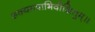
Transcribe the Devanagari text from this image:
शक्यमत्राभिवीक्षितुम्॥